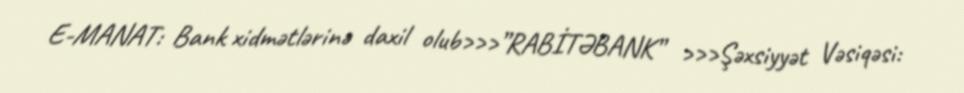
E-MANAT: Bank xidmətlərinə daxil olub>>>”RABİTƏBANK” >>>Şəxsiyyət Vəsiqəsi: